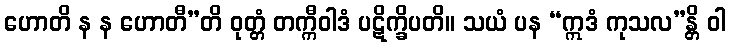
ဟောတိ န န ဟောတီ”တိ ဝုတ္တံ တက္ကီဝါဒံ ပဋိက္ခိပတိ။ သယံ ပန “ဣဒံ ကုသလ”န္တိ ဝါ